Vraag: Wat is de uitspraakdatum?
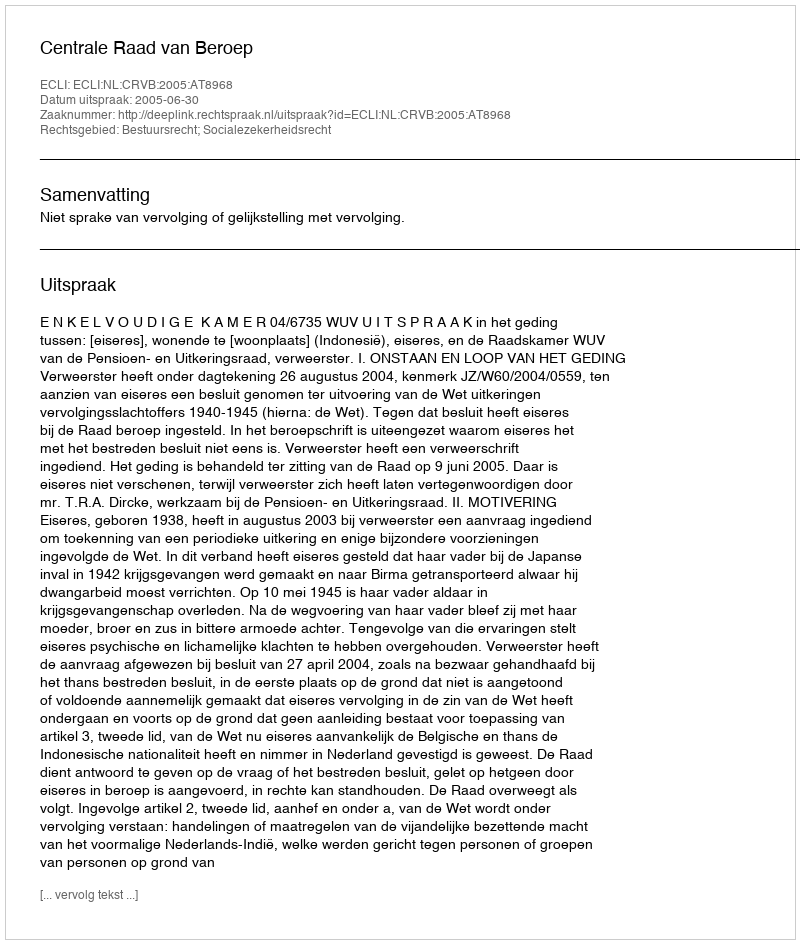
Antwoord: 2005-06-30